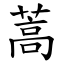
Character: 蒿